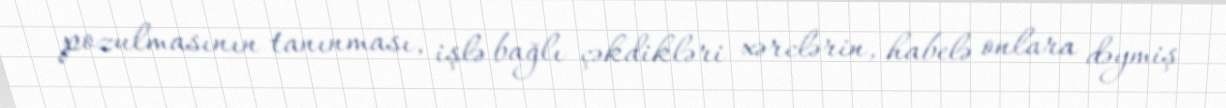
pozulmasının tanınması, işlə bağlı çəkdikləri xərclərin, habelə onlara dəymiş